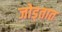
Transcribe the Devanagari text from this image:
जोड्तात